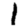
Digit: 1